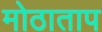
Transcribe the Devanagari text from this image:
मोठाताप